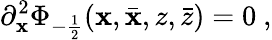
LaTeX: \partial_{\mathbf{x}}^{2}\Phi_{-\frac{{1}}{{2}}}(\mathbf{x},\bar{{\mathbf{x}}},z,\bar{{z}})=0~,